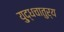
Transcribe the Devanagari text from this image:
यु्द्धचातुर्य